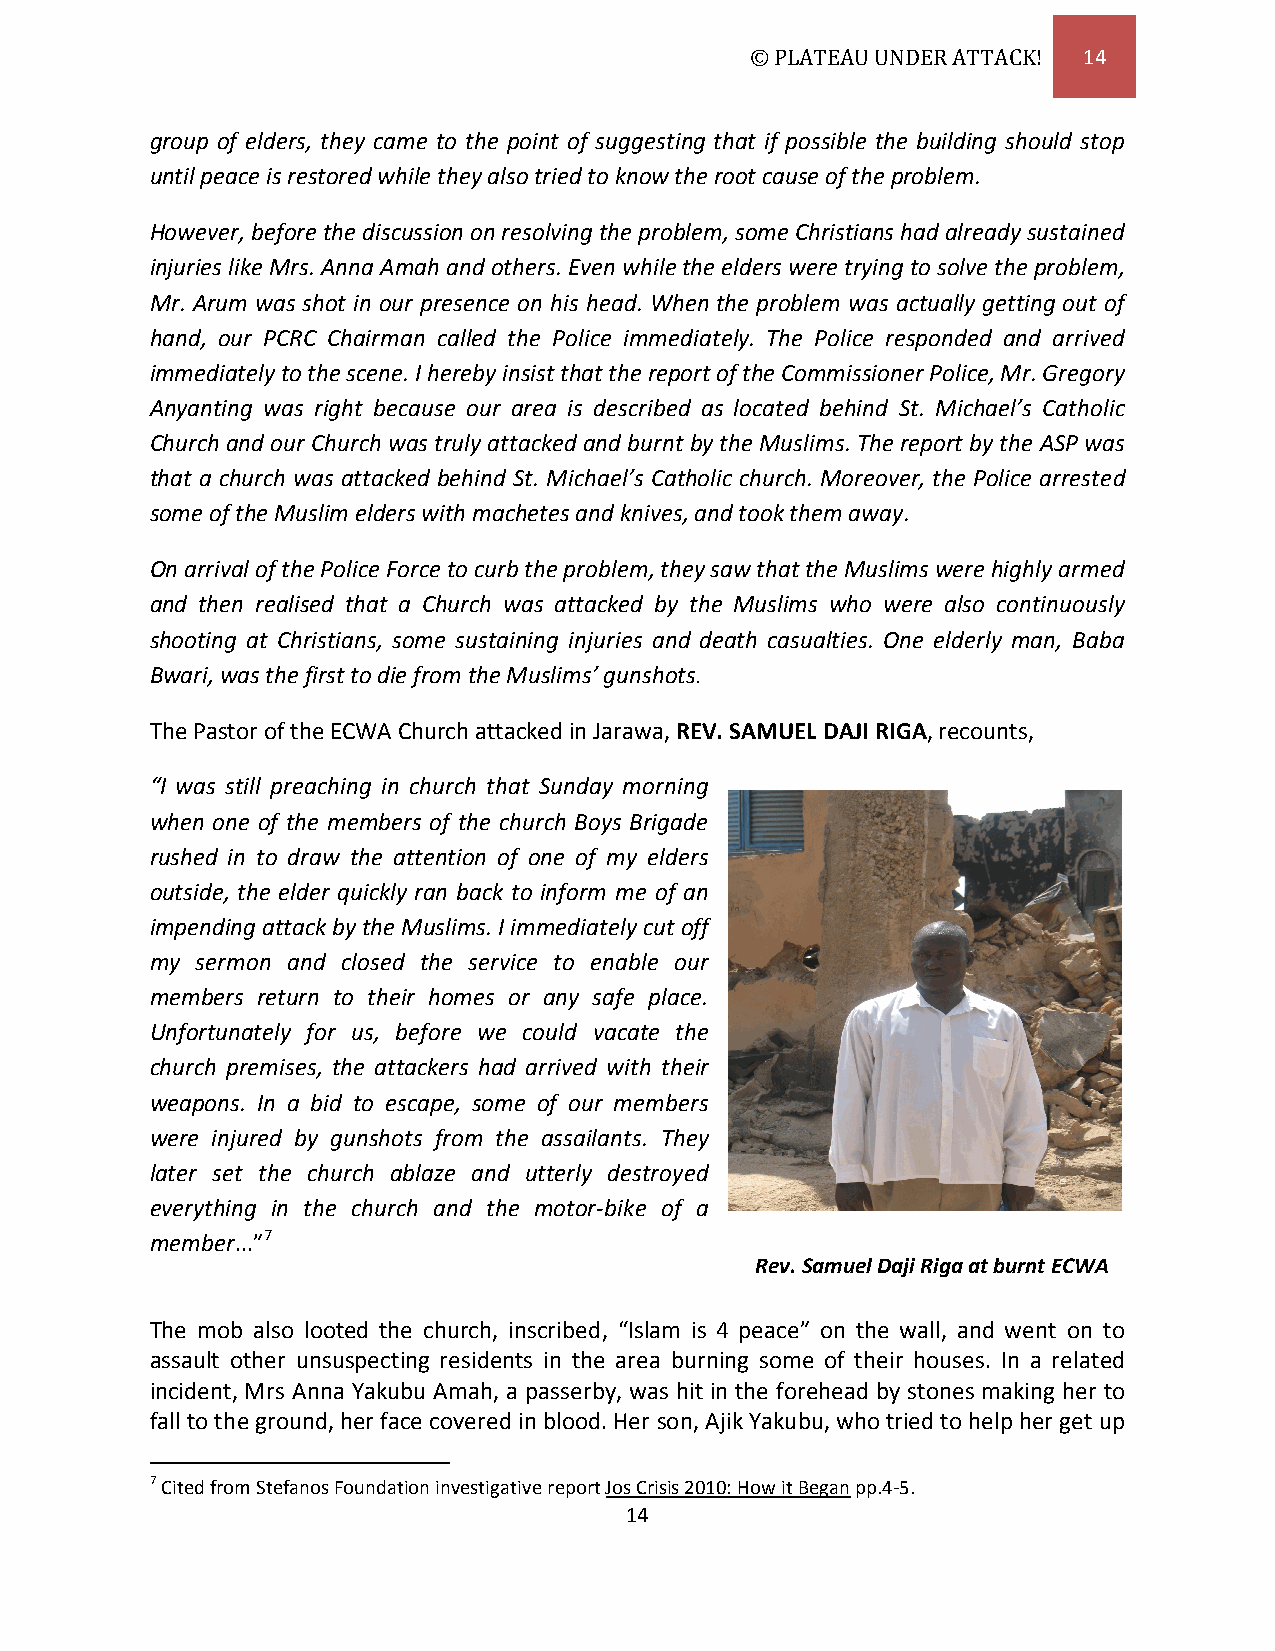
© PLATEAU UNDER ATTACK! 14
 group of elders, they came to the point of suggesting that if possible the building should stop
 until peace is restored while they also tried to know the root cause of the problem.
 However, before the discussion on resolving the problem, some Christians had already sustained
 injuries like Mrs. Anna Amah and others. Even while the elders were trying to solve the problem,
 Mr. Arum was shot in our presence on his head. When the problem was actually getting out of
 hand, our PCRC Chairman called the Police immediately. The Police responded and arrived
 immediately to the scene. I hereby insist that the report of the Commissioner Police, Mr. Gregory
 Anyanting was right because our area is described as located behind St. Michael’s Catholic
 Church and our Church was truly attacked and burnt by the Muslims. The report by the ASP was
 that a church was attacked behind St. Michael’s Catholic church. Moreover, the Police arrested
 some of the Muslim elders with machetes and knives, and took them away.
 On arrival of the Police Force to curb the problem, they saw that the Muslims were highly armed
 and then realised that a Church was attacked by the Muslims who were also continuously
 shooting at Christians, some sustaining injuries and death casualties. One elderly man, Baba
 Bwari, was the first to die from the Muslims’ gunshots.
 The Pastor of the ECWA Church attacked in Jarawa, REV. SAMUEL DAJI RIGA, recounts,
 “I was still preaching in church that Sunday morning
 when one of the members of the church Boys Brigade
 rushed in to draw the attention of one of my elders
 outside, the elder quickly ran back to inform me of an
 impending attack by the Muslims. I immediately cut off
 my sermon and closed the service to enable our
 members return to their homes or any safe place.
 Unfortunately for us, before we could vacate the
 church premises, the attackers had arrived with their
 weapons. In a bid to escape, some of our members
 were injured by gunshots from the assailants. They
 later set the church ablaze and utterly destroyed
 everything in the church and the motor-bike of a
 member...”7
 Rev. Samuel Daji Riga at burnt ECWA
 church
 The mob also looted the church, inscribed, “Islam is 4 peace” on the wall, and went on to
 assault other unsuspecting residents in the area burning some of their houses. In a related
 incident, Mrs Anna Yakubu Amah, a passerby, was hit in the forehead by stones making her to
 fall to the ground, her face covered in blood. Her son, Ajik Yakubu, who tried to help her get up
 7 Cited from Stefanos Foundation investigative report Jos Crisis 2010: How it Began pp.4-5.
 14